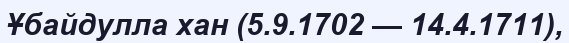
Ұбайдулла хан (5.9.1702 — 14.4.1711),